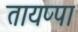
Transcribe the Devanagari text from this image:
तायप्पा